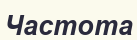
Частота